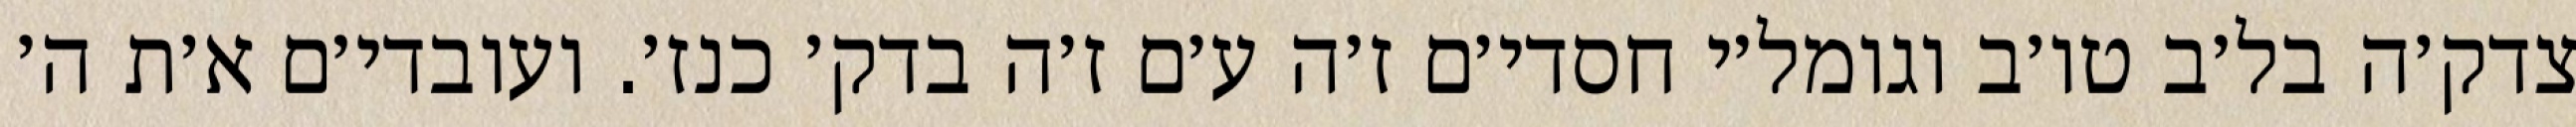
צדק׳ה בל׳ב טו׳ב וגומל׳י חסדי׳ם ז׳ה ע׳ם ז׳ה בדק׳ כנז׳. ועובדי׳ם א׳ת ה׳